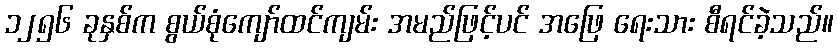
၁၂၅၆ ခုနှစ်က စွယ်စုံကျော်ထင်ကျမ်း အမည်ဖြင့်ပင် အဖြေ ရေးသား စီရင်ခဲ့သည်။